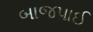
બાજપાઈ